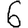
Digit: 6